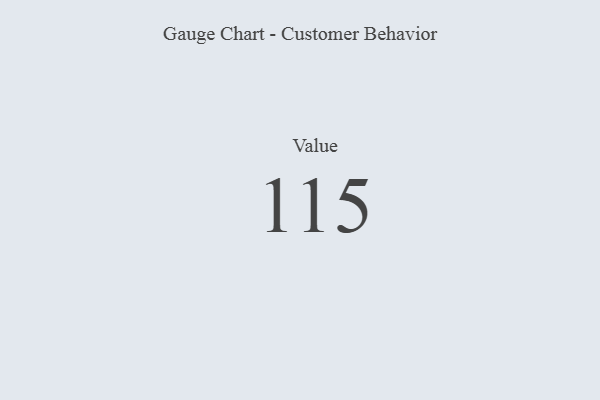
{"axis": {"x": "Metric", "y": "Value"}, "legend": [""], "data": [{"x": "Value", "y": 115, "type": ""}]}